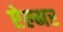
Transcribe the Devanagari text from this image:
ऐल्मर